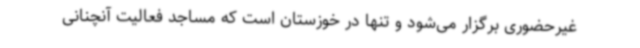
غیرحضوری برگزار می‌شود و تنها در خوزستان است که مساجد فعالیت آنچنانی